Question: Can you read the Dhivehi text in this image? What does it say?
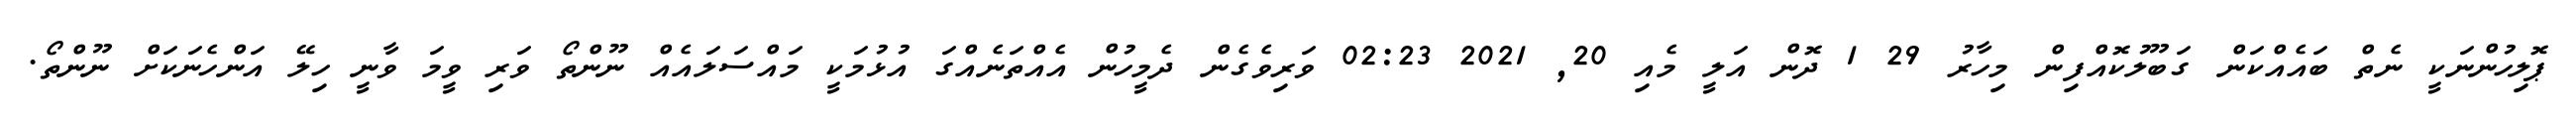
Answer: ޕޮލިހުންނަކީ ނެތް ބައެއްކަން ގަބޫލުކޮއްފިން މިހާރު 29 1 ދޮން އަލީ މެއި 20, 2021 02:23 ވަރިވެގެން ދެމީހުން އެއްތަނެއްގަ އުޅުމަކީ މައްސަލައެއް ނޫންތޯ ވަރި ވީމަ ވާނީ ހިލޭ އަންހެނަކަށް ނޫންތޯ.